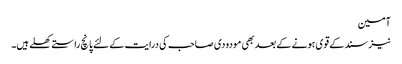
آمین
نیز سند کے قوی ہونے کے بعد بھی مودودی صاحب کی درایت کے لئے پانچ راستےکھلے ہیں۔